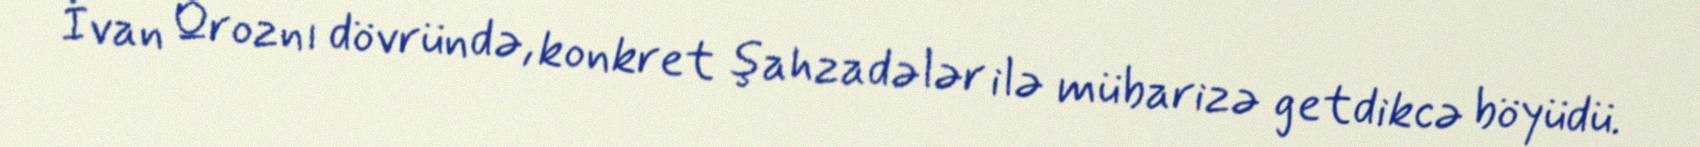
İvan Qroznı dövründə, konkret şahzadələr ilə mübarizə getdikcə böyüdü.